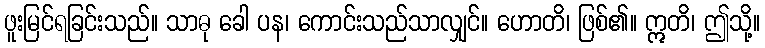
ဖူးမြင်ရခြင်းသည်။ သာဓု ခေါ ပန၊ ကောင်းသည်သာလျှင်။ ဟောတိ၊ ဖြစ်၏။ ဣတိ၊ ဤသို့။